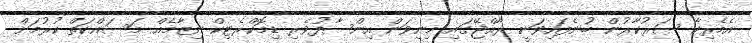
އެމެރިކާ ސަރުކާރުން ބުނެފައިވަނީ ރާއްޖޭގައި މިނިވަން އިންސާފުވެރި ޑިމޮކްރެޓިކް ނިޒާމެއް މަސައްކަތް ކުރުމަށް